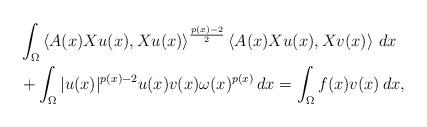
LaTeX: \begin{align*}& \int_{\Omega }\left\langle A(x)Xu(x),Xu(x)\right\rangle ^{\frac{p(x)-2}{2}}\left\langle A(x)Xu(x),Xv(x)\right\rangle \,dx \\& +\int_{\Omega }|u(x)|^{p(x)-2}u(x)v(x)\omega(x)^{p(x)}\,dx=\int_{\Omega }f(x)v(x)\,dx, \end{align*}